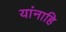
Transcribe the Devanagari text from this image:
यांनाहि